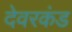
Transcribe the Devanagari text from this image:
देवरकंंड